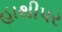
હાથીપર